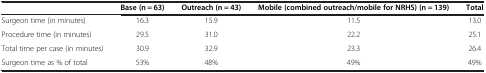
<table><thead><tr><td><b> </b></td><td><b>Base (n = 63)</b></td><td><b>Outreach (n = 43)</b></td><td><b>Mobile (combined outreach/mobile for NRHS) (n = 139)</b></td><td><b>Total</b></td></tr></thead><tbody><tr><td>Surgeon time (in minutes)</td><td>16.3</td><td>15.9</td><td>11.5</td><td>13.0</td></tr><tr><td>Procedure time (in minutes)</td><td>29.5</td><td>31.0</td><td>22.2</td><td>25.1</td></tr><tr><td>Total time per case (in minutes)</td><td>30.9</td><td>32.9</td><td>23.3</td><td>26.4</td></tr><tr><td>Surgeon time as % of total</td><td>53%</td><td>48%</td><td>49%</td><td>49%</td></tr></tbody></table>